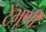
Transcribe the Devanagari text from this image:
टेंभूर्णी